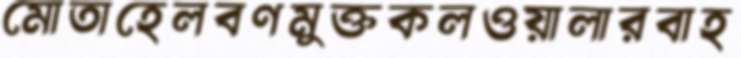
মোতাহেলবণমুক্তকলওয়ালারবাহ